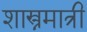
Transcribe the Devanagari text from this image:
शास्त्रमात्री